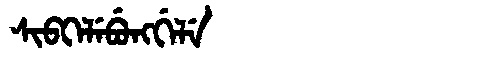
Manchu: ᠰᡳᠪᡴᡝᠯᡝᠪᡠᠩᡤᡝᠯᡝ
Romanization: SIBKELEBUNGGELE